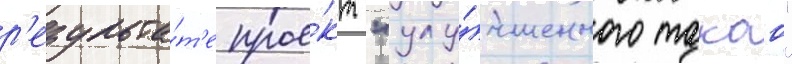
р'езульта́т'е прое́кт "улу́чшенного такао"